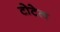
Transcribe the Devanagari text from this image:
टोटेल